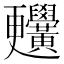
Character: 𪏬